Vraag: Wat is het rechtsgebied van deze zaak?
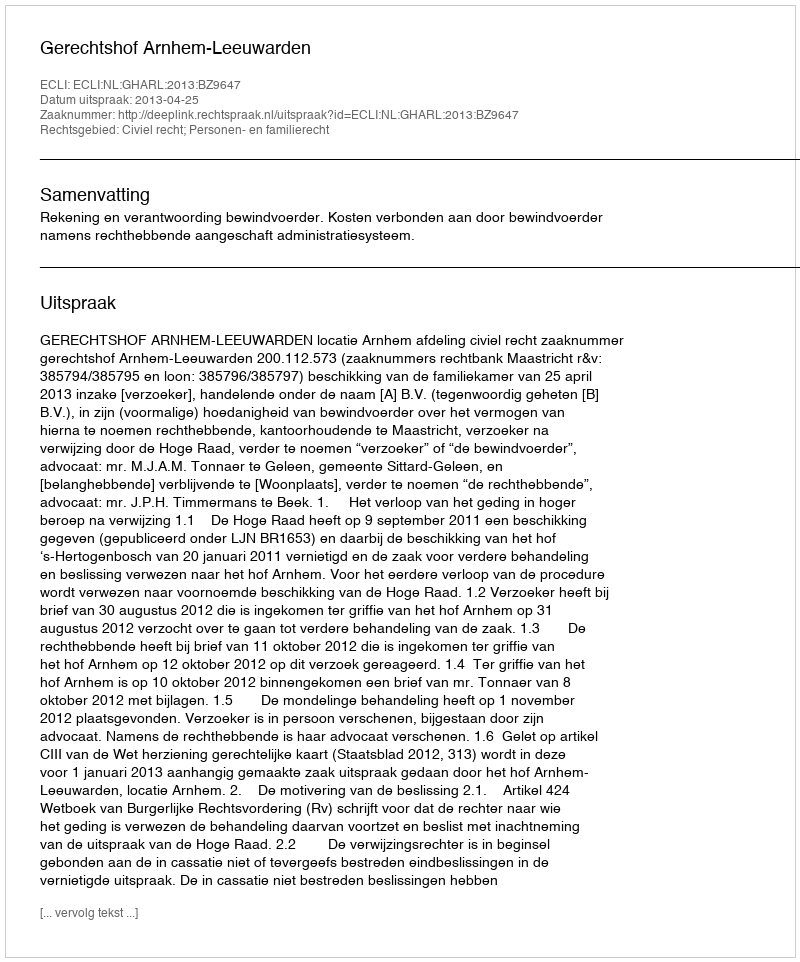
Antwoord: Civiel recht; Personen- en familierecht